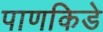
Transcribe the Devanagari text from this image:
पाणकिडे